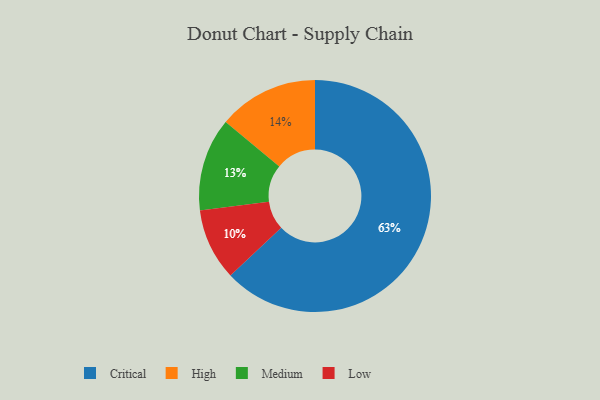
{"axis": {"x": "Category", "y": "Percentage"}, "legend": ["Critical", "High", "Low", "Medium"], "data": [{"x": "Medium", "y": 13, "type": "Medium"}, {"x": "High", "y": 14, "type": "High"}, {"x": "Low", "y": 10, "type": "Low"}, {"x": "Critical", "y": 63, "type": "Critical"}]}